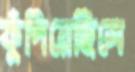
ফুঁপিয়েছিলে